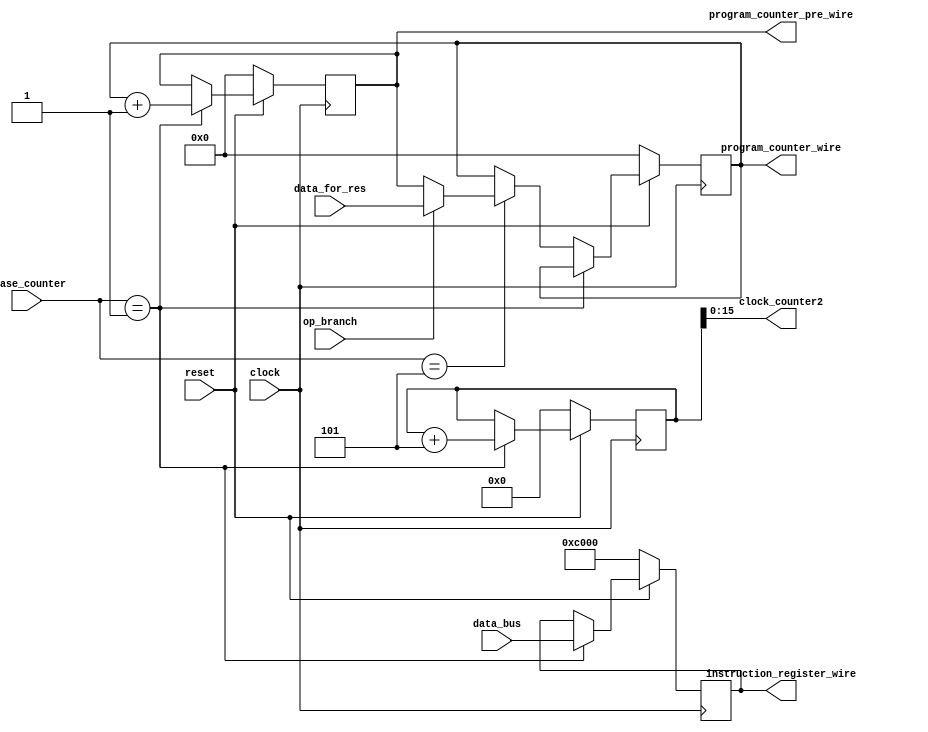
module fetch(
  input clock,
  input reset,
  input [2:0] phase_counter,
  input op_branch,  
  input [15:0] data_bus,
  input [15:0] data_for_res,
  output [15:0] program_counter_wire,
  output [15:0] program_counter_pre_wire,
  output [15:0] instruction_register_wire,
  output [15:0] clock_counter2);

reg [15:0] program_counter;
reg [15:0] program_counter_pre;
reg [15:0] instruction_register;
reg [31:0] clock_counter = 32'b0000_0000_0000_0000_0000_0000_0000_0000;

assign program_counter_wire = program_counter;
assign program_counter_pre_wire = program_counter_pre;
assign instruction_register_wire = instruction_register;
assign clock_counter2 = clock_counter[15:0];

always @(posedge clock) begin
  if( reset == 1'b0 ) begin
    instruction_register <= 16'b1100_0000_0000_0000;
    program_counter_pre <= 16'b0000_0000_0000_0000;
    program_counter <= 16'b0000_0000_0000_0000;	
    clock_counter <= 32'b0000_0000_0000_0000_0000_0000_0000_0000;	
  end 
  else if ( phase_counter == 3'b001 ) begin
    instruction_register <= data_bus;
    program_counter_pre <= program_counter + 16'b0000_0000_0000_0001;
    clock_counter <= clock_counter + 32'b0000_0000_0000_0000_0000_0000_0000_0101;
  end 
  else if( phase_counter == 3'b101) begin
    if( op_branch == 1'b1) begin
      program_counter <= data_for_res;		
    end 
    else begin
      program_counter <= program_counter_pre;
    end
  end
  else begin
    program_counter_pre <= program_counter_pre;
    program_counter <= program_counter;
    instruction_register <= instruction_register;
  end
end

endmodule